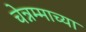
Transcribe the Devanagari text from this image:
चेन्नम्माच्या